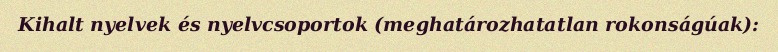
Kihalt nyelvek és nyelvcsoportok (meghatározhatatlan rokonságúak):